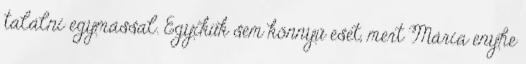
találni egymással. Egyikük sem könnyű eset, mert Mária enyhe